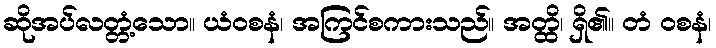
ဆိုအပ်လတ္တံ့သော။ ယံဝစနံ၊ အကြင်စကားသည်။ အတ္ထိ၊ ရှိ၏။ တံ ဝစနံ၊